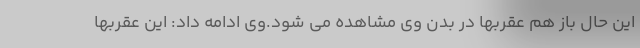
این حال باز هم عقربها در بدن وی مشاهده می شود.وی ادامه داد: این عقربها